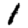
Digit: 1